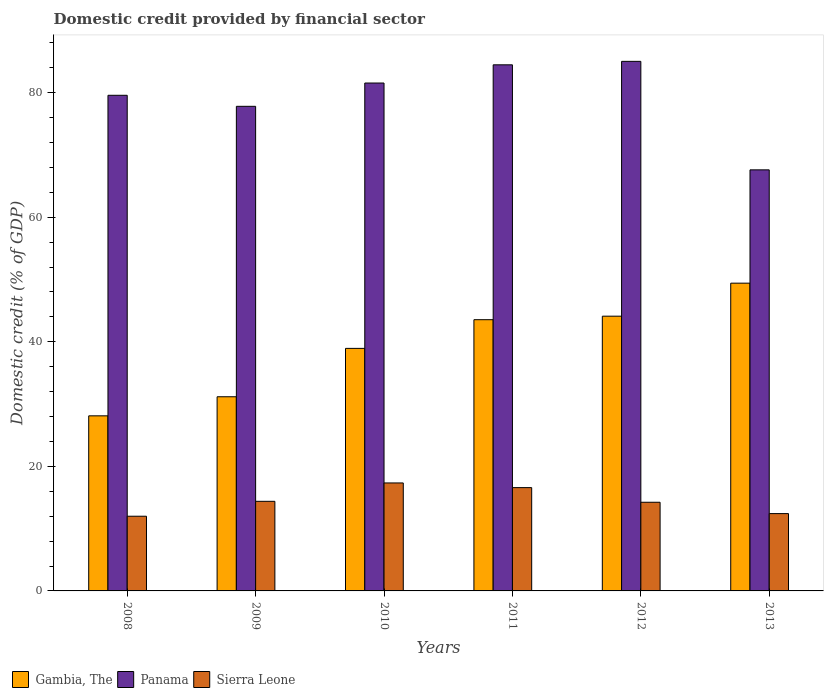
| Years | Gambia, The | Panama | Sierra Leone |
 | --- | --- | --- | --- |
 | 2008 | 28.1 | 79.6 | 12 |
 | 2009 | 31.2 | 77.8 | 14.4 |
 | 2010 | 38.9 | 81.5 | 17.3 |
 | 2011 | 43.5 | 84.5 | 16.6 |
 | 2012 | 44.1 | 85 | 14.2 |
 | 2013 | 49.4 | 67.6 | 12.4 |